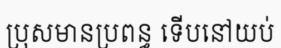
ប្រុសមានប្រពន្ធ ទើបនៅយប់